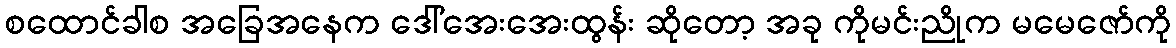
စထောင်ခါစ အခြေအနေက ဒေါ်အေးအေးထွန်း ဆိုတော့ အခု ကိုမင်းညိုက မမေဇော်ကို